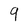
Character: 9